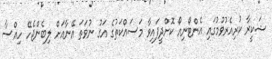
ޝަކީރާ ކުރިއެރުވުމުގައި އެންޓޯނިއޯ ކޮށްދީފައިވާ މަސައްކަތުގެ އަގު ނުވަތަ އޭނާއަށް ލިބެންޖެހޭ ހިއްސާ